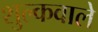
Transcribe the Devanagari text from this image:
शुल्कवाले